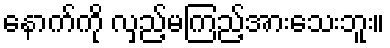
နောက်ကို လှည့်မကြည့်အားသေးဘူး။